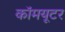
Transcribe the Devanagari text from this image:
कॉमयूटर